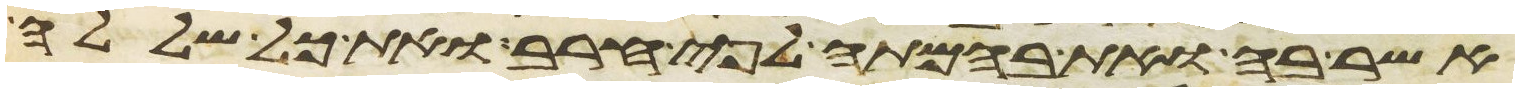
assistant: תקבץ אל תוך רחבה ושרפת באש את העיר